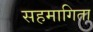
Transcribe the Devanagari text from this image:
सहमागिता